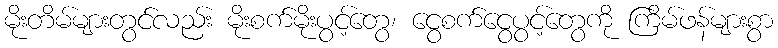
မိုးတိမ်များတွင်လည်း မိုးစက်မိုးပွင့်တွေ၊ ငွေစက်ငွေပွင့်တွေကို ကြိမ်ဖန်များစွာ